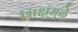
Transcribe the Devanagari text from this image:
भिक्षूंमुळे